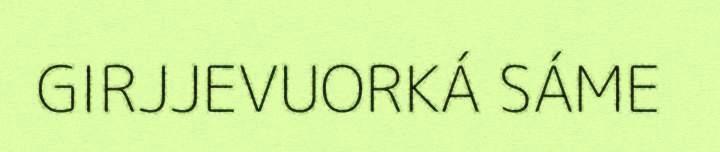
GIRJJEVUORKÁ SÁME